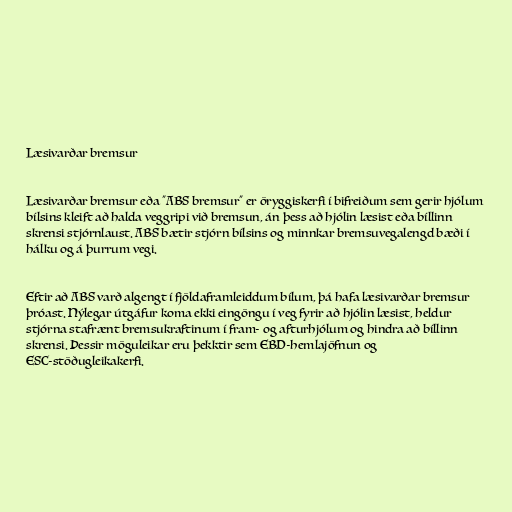
Læsivarðar bremsur

Læsivarðar bremsur eða "ABS bremsur" er öryggiskerfi í bifreiðum sem gerir hjólum
bílsins kleift að halda veggripi við bremsun, án þess að hjólin læsist eða bíllinn
skrensi stjórnlaust. ABS bætir stjórn bílsins og minnkar bremsuvegalengd bæði í
hálku og á þurrum vegi.

Eftir að ABS varð algengt í fjöldaframleiddum bílum, þá hafa læsivarðar bremsur
þróast. Nýlegar útgáfur koma ekki eingöngu í veg fyrir að hjólin læsist, heldur
stjórna stafrænt bremsukraftinum í fram- og afturhjólum og hindra að bíllinn
skrensi. Þessir möguleikar eru þekktir sem EBD-hemlajöfnun og
ESC-stöðugleikakerfi.